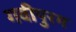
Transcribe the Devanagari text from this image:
गवीपुरम